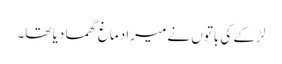
لڑکے کی باتوں نے میرا دماغ گھما دیا تھا۔